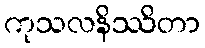
ကုသလနိဿိတာ